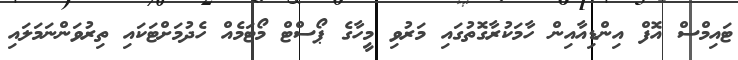
ޓައިމްސް އޮފް އިންޑިއާއިން ހާމަކުރާގޮތުގައި މަރުވި މީހާގެ ޕޯސްޓް މޯޓަމެއް ހެދުމަށްޓަކައި ތިރުވަންނަމަލައި